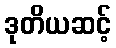
ဒုတိယဆင့်